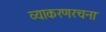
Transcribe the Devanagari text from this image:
व्याकरणरचना